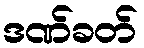
ဒဏ်ခတ်